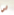
لي